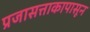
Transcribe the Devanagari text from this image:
प्रजासत्ताकापासून